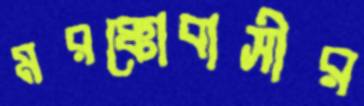
মরক্কোবাসীর